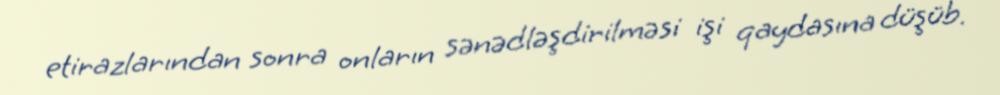
etirazlarından sonra onların sənədləşdirilməsi işi qaydasına düşüb.